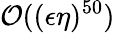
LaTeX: \mathcal{O}((\epsilon\eta)^{50})